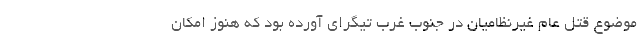
موضوع قتل عام غیرنظامیان در جنوب غرب تیگرای آورده بود که هنوز امکان